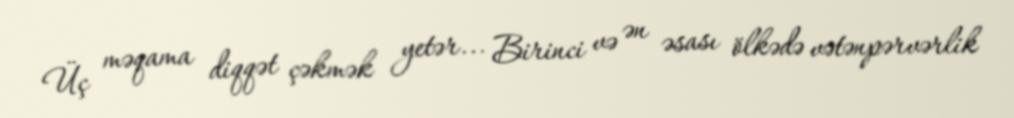
Üç məqama diqqət çəkmək yetər... Birinci və ən əsası ölkədə vətənpərvərlik